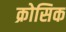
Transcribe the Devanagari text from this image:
क्रोसिक